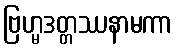
ဗြဟ္မဒတ္တဿနာမကာ